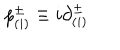
LaTeX: p _ { ( i ) } ^ { \pm } \equiv i { \partial } _ { ( i ) } ^ { \pm }